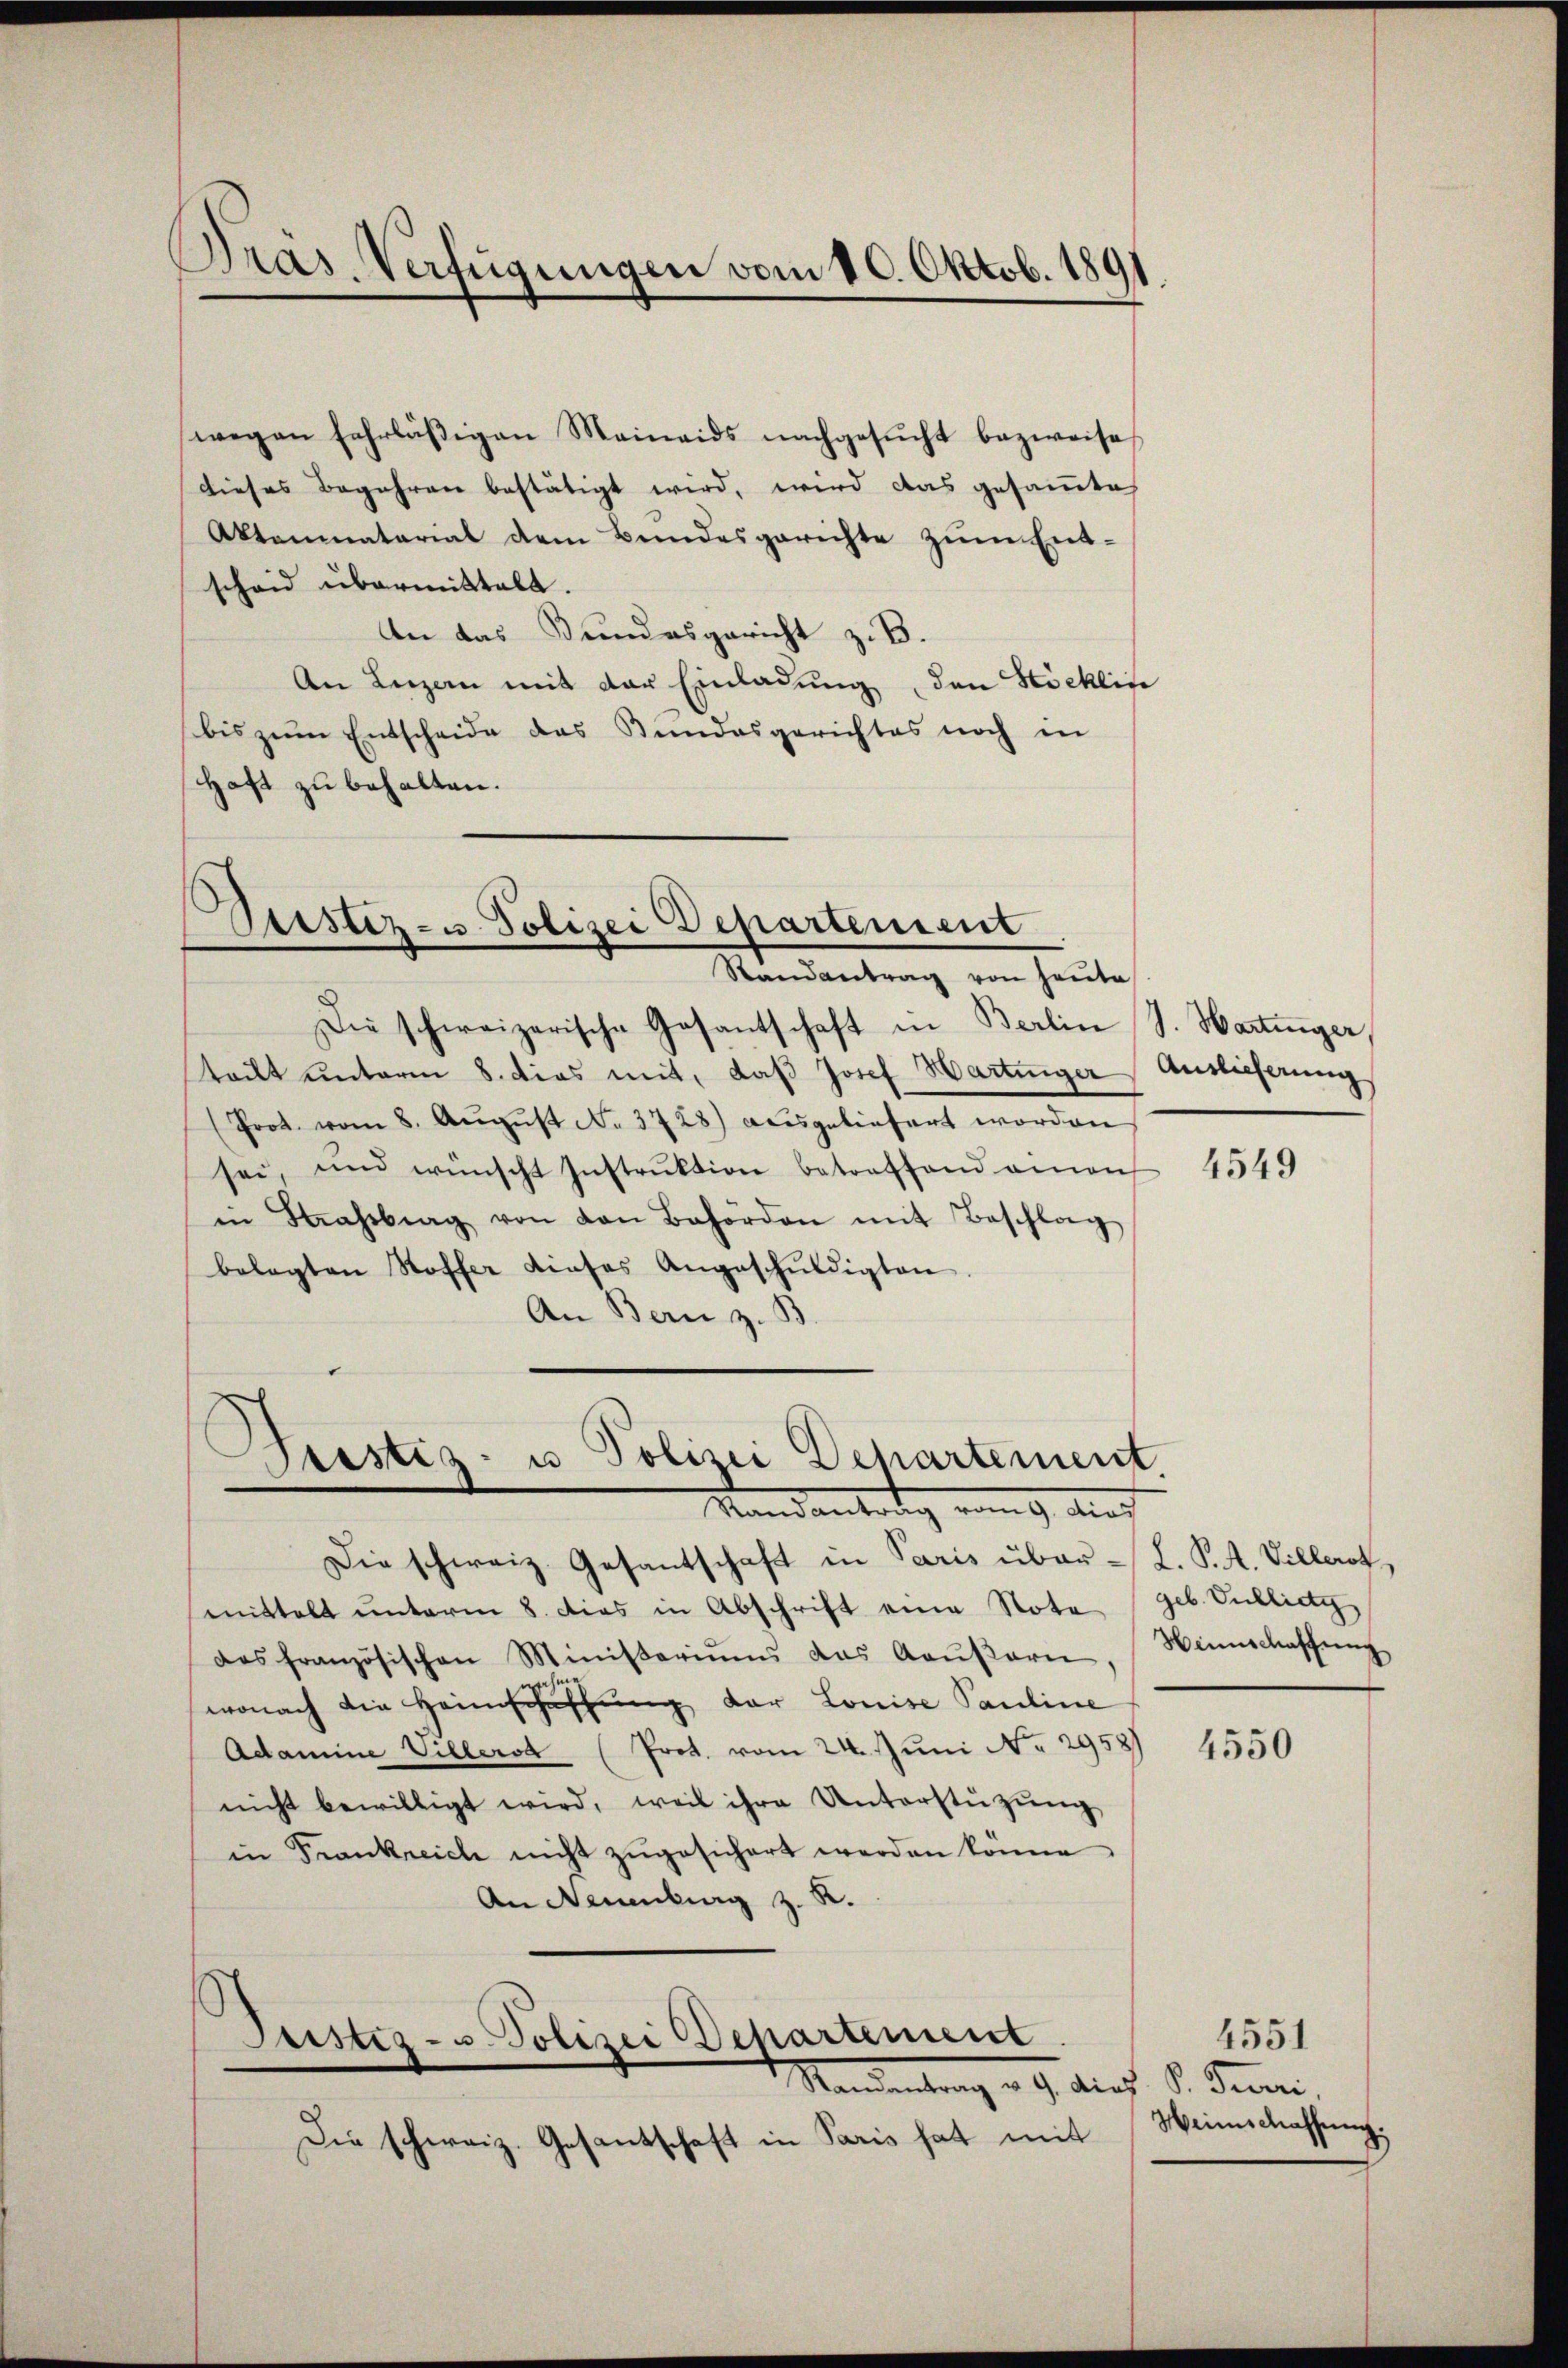
Pras Verfügungen vom 10. Oktob. 189

wegen fahrläßigen Meineids nachgesucht bezweife
dieses Begehren bestätigt wird, wird das gesammte
Aktenmaterial dem Bundesgerichte zum Entscheid übermittelt.
An das Bundesgericht z. B.
An Luzern mit der Einladung, den Stöcklin
bis zum Entscheide das Bundesgerichtes noch in
Haft zu behalten.

Otistiz- u. Polizei Departement
Randantrag von heŭte

Die schweizerische Gesantschaft in Berlin J. Hartinger,
teilt unterm 8. dies mit, daß Josef Hartinger Auslieferung
(Prot. vom 8. Aŭgŭst No. 3728) ausgeliefert worden
sei und wünscht Instruktion betreffend einen
in Strassberg von den Behörden mit Beschlag
belegten Stoffer dieses Angeschŭldigten
An Bern z. B.

ristis- u Polizei Departement
Mandantrag vom 9. Auch

Justiz- u. Polizei Departement
Mandantung u. 9. di

Die schweiz. Gesantschaft in Paris hat mit

Die schweiz. Gesantschaft in Paris über L. P. R. Vielerot
mittelt unterm 8. dies in Abschrift eine Nota geb. Encklietz
das französischen Ministeriums das Aaŭβern,
wonach die Heimschaffung der Louise Pauline
Adamine Villerst (Prot. vom 24. Juni N. 29581
nicht bewilligt wird, weil ihre Unterstützŭng
in Frankreich nicht zŭgesichert werden könne.
An Neuenburg z. R.

4549

Hinnschaffung

4550

4551
c. S. Feri
Heimschaffung